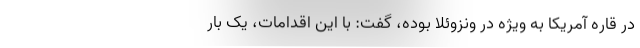
در قاره آمریکا به ویژه در ونزوئلا بوده، گفت: با این اقدامات، یک بار